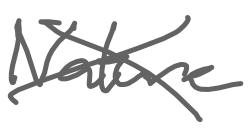
Text: Nature
Cross-out: cross
Writing tool: digital_gray